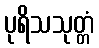
ပုရိသသုတ္တံ